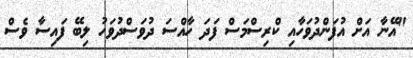
"އޭނާ އަށް އުފަންދުވަހާއި ކްރިސްމަސް ފަދަ ހާއްސަ ދުވަސްދުވަހު ލިބޭ ފައިސާ ވެސް